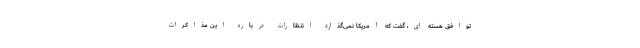
توافق هسته ای، گفت که آمریکا نمی‌گذارد انتظارات درباره این مذاکرات